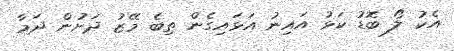
އެކު ލޯ ބޮޑު ކަޅު އައިނު އަޅައިގެން ތިބެ މޭޒު ދަށުން ދަމާ